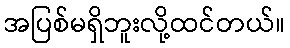
အပြစ်မရှိဘူးလို့ထင်တယ်။